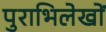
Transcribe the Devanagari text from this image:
पुराभिलेखों